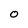
Character: O